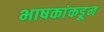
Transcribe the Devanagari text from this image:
भाषकांकडून